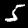
Label: 5